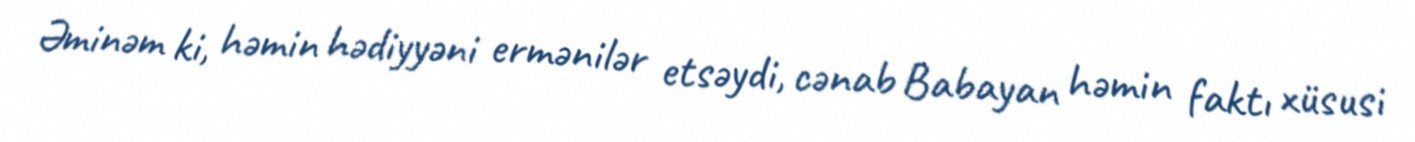
Əminəm ki, həmin hədiyyəni ermənilər etsəydi, cənab Babayan həmin faktı xüsusi